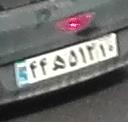
۴۴ه۵۱۲۱۰